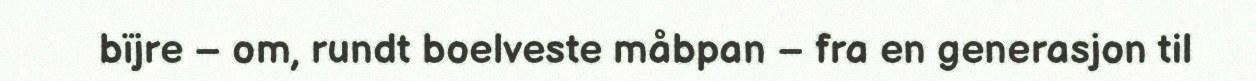
bïjre – om, rundt boelveste måbpan – fra en generasjon til